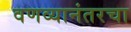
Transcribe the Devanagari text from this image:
वणव्यानंतरचा